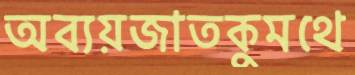
অব্যয়জাতকুমথে